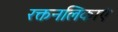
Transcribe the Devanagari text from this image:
रक्तनलिकाएं